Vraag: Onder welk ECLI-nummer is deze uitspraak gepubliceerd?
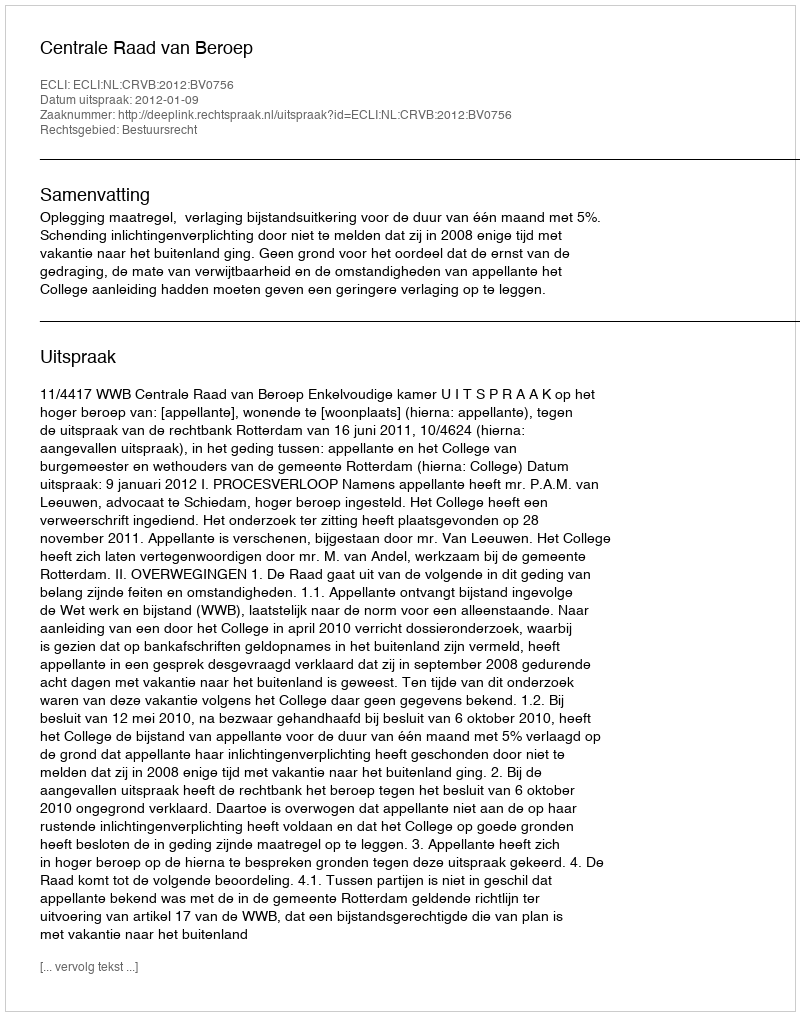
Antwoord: ECLI:NL:CRVB:2012:BV0756